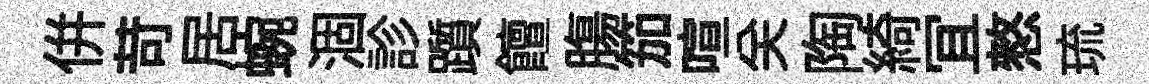
併苛居蜿涸診躓饘膓笳喧关陶綺冝憗琉